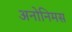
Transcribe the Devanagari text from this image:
अनोनिमस